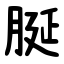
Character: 脠